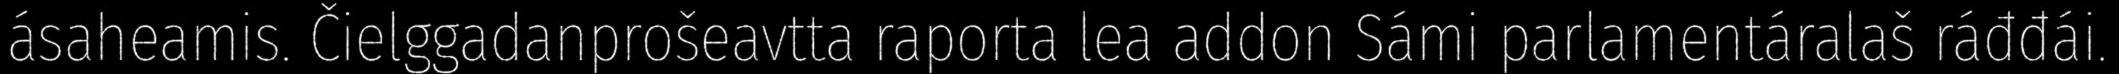
ásaheamis. Čielggadanprošeavtta raporta lea addon Sámi parlamentáralaš ráđđái.